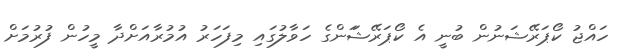
ހައްޖު ކޯޕަރޭޝަނުން ބުނީ އެ ކޯޕަރޭޝަަންގެ ހަވާލުގައި މިފަހަރު އުމުރާއަށްދާ މީހުން ފުރުމަށް